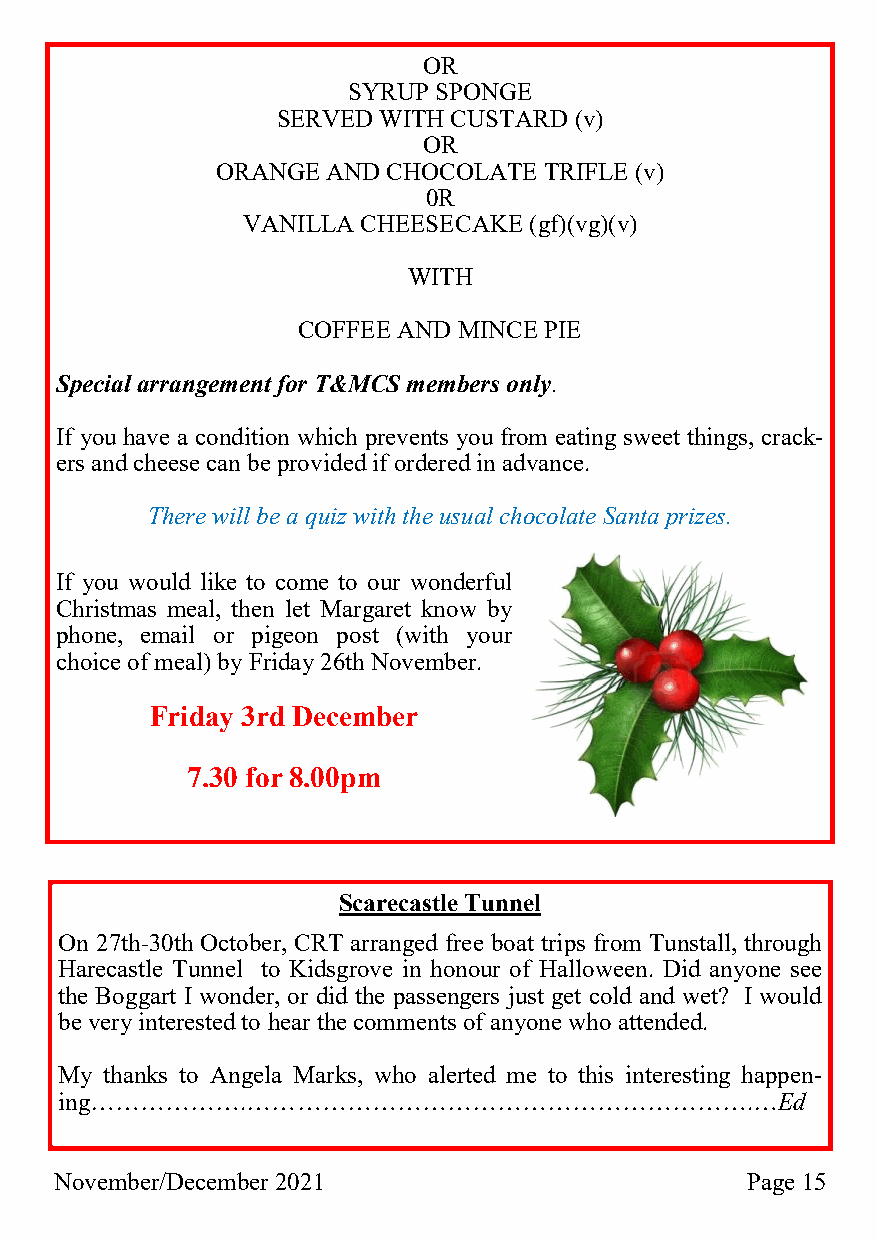
OR
 SYRUP SPONGE
 SERVED WITH CUSTARD (v)
 OR
 ORANGE  AND CHOCOLATE TRIFLE (v)
 0R
 VANILLA CHEESECAKE (gf)(vg)(v)
 WITH
 COFFEE AND MINCE PIE
 Special arrangement for T&MCS members only.
 If you have a condition which prevents you from eating sweet things, crack-
 ers and cheese can be provided if ordered in advance.
 There will be a quiz with the usual chocolate Santa prizes.
 If you would like to come to our wonderful
 Christmas meal, then let Margaret know by
 phone, email or pigeon post (with your
 choice of meal) by Friday 26th November.
 Friday 3rd December
 7.30 for 8.00pm
 Scarecastle Tunnel
 On 27th-30th October, CRT arranged free boat trips from Tunstall, through
 Harecastle Tunnel to Kidsgrove in honour of Halloween. Did anyone see
 the Boggart I wonder, or did the passengers just get cold and wet? I would
 be very interested to hear the comments of anyone who attended.
 My thanks to Angela Marks, who alerted me to this interesting happen-
 ing……………….…………………………………………………….…Ed
 November/December 2021                       Page 15